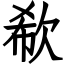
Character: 欷